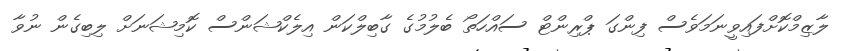
ލާޒިމްކޮށްފައިވީނަމަވެސް ފިންގަ ޕްރިންޓް ސައްހަތޯ ބެލުމުގެ ގާބިލްކަން އިލެކްޝަންސް ކޮމިޝަނަށް ލިބިގެން ނުވާ